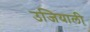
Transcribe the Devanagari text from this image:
उजियाली